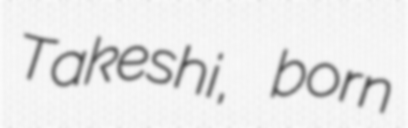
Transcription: Takeshi, born